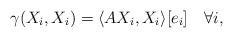
LaTeX: \begin{align*} \gamma(X_i,X_i)=\langle AX_i,X_i\rangle [e_i]\quad\forall i, \end{align*}